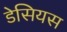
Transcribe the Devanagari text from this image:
डेसियस